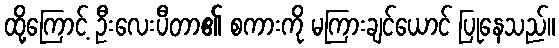
ထို့ကြောင့် ဦးလေးပီတာ၏ စကားကို မကြားချင်ယောင် ပြုနေသည်။